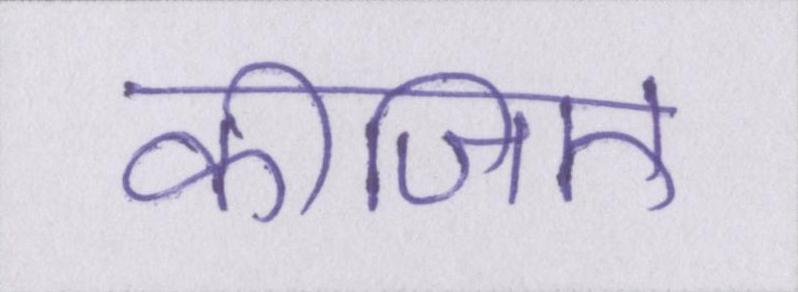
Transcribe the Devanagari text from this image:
कीजिए